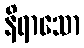
နိရာသော